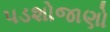
પડશોજાણો